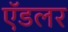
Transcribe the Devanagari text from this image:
ऍडलर